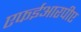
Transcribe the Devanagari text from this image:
एफईआरपीए